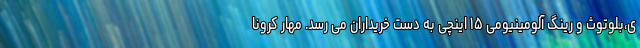
ی،بلوتوث و رینگ آلومینیومی ۱۵ اینچی به دست خریداران می رسد. مهار کرونا